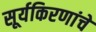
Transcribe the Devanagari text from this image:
सूर्यकिरणांचे